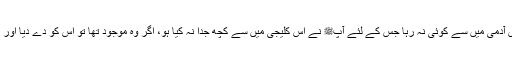
راوی نے کہا کہ اللہ کی قسم ان ایک سو تیس آدمی میں سے کوئی نہ رہا جس کے لئے آپﷺ نے اس کلیجی میں سے کچھ جدا نہ کیا ہو، اگر وہ موجود تھا تو اس کو دے دیا اور (اگر موجود نہ تھا تو) اس کا حصہ رکھ دیا۔